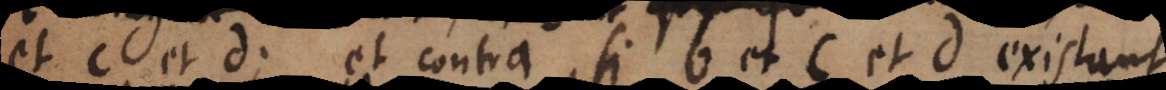
et c et d; et contra, si b et c et d existant